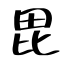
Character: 毘